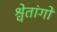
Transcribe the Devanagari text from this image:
श्वेतांगों